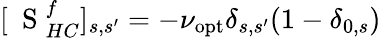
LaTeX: [\mathrm{~\mathbf~S~}_{HC}^{f}]_{s,s^{\prime}}=-\nu_{\mathrm{opt}}\delta_{s,s^{\prime}}(1-\delta_{0,s})